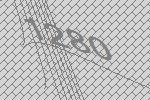
1280